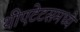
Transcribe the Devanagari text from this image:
थीएटेटसमध्ये